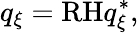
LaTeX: q_{\xi}=\textrm{RH}q_{\xi}^{*},